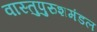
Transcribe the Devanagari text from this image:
वास्तुपुरुशमंडल